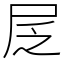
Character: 㞏